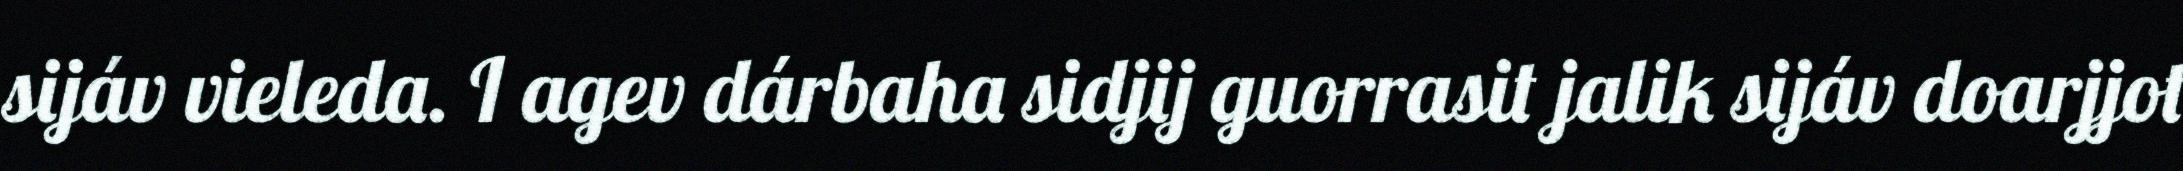
sijáv vieleda. I agev dárbaha sidjij guorrasit jalik sijáv doarjjot